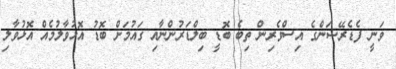
ވަނީ ފެޑެރޭޝަންގެ އިސްވެރިން ތިބެ ބޮޑީ ބިލްޑަރުންނާއި ގައުމަށް ބޮޑު އޮޅުވާލުމެއް އޮޅުވާލި